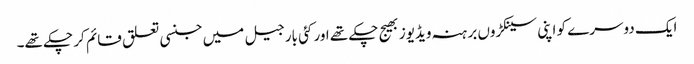
ایک دوسرے کو اپنی سینکڑوں برہنہ ویڈیوز بھیج چکے تھے اور کئی بار جیل میں جنسی تعلق قائم کر چکے تھے۔